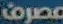
مصرف